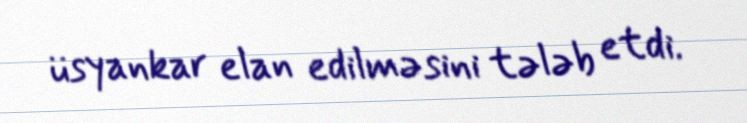
üsyankar elan edilməsini tələb etdi.